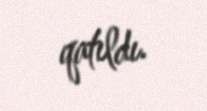
qatıldı.